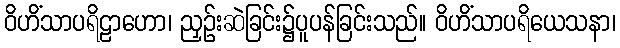
ဝိဟိံသာပရိဠာဟော၊ ညှဉ်းဆဲခြင်း၌ပူပန်ခြင်းသည်။ ဝိဟိံသာပရိယေသနာ၊